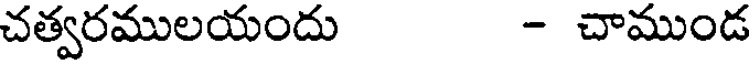
చత్వరములయందు - చాముండ